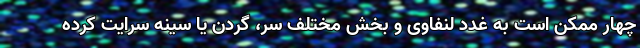
چهار ممکن است به غدد لنفاوی و بخش مختلف سر، گردن یا سینه سرایت کرده